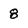
Character: 8